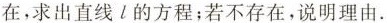
在，求出直线l的方程；若不存在，说明理由.